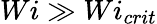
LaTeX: Wi\gg Wi_{crit}